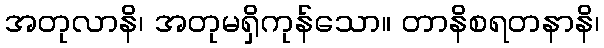
အတုလာနိ၊ အတုမရှိကုန်သော။ တာနိစရတနာနိ၊